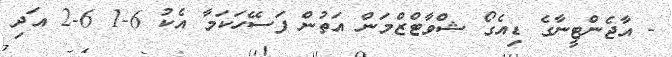
- އާޖެންޓީނާގެ ޑިއެގޯ ޝްވާޓްޒްމަން އަތުން ފަސޭހަކަމާ އެކު 6-1 6-2 އަދި